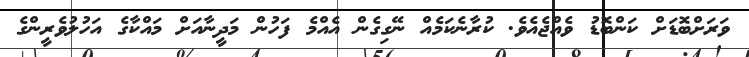
ވަރަށްބޮޑަށް ކަންބޮޑު ވެއްޖެއެވެ. ކުރާނެކަމެއް ނޭގިގެން އެއްމެ ފަހުން މަދީނާއަށް މައްކާގެ އަހުލުވެރީންގެ